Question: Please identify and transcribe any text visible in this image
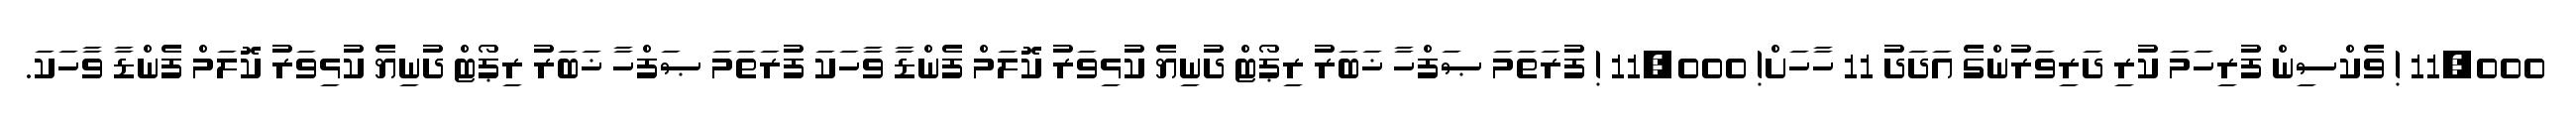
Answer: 11,000 ! ވެކްސިން ފުރިހަމަ ކުރި ދަރިވަރުންގެ އަދަދު 11 ހާހަށް! 11,000 ! ފުރަތަމަ ޞަފްހާ ޚަބަރު ރިޕޯޓް ދުނިޔެ ކުޅިވަރު ކޮލަމް ފެންޑާ ވާހަކަ ފުރަތަމަ ޞަފްހާ ޚަބަރު ރިޕޯޓް ދުނިޔެ ކުޅިވަރު ކޮލަމް ފެންޑާ ވާހަކަ.